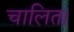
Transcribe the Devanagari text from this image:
चालित।